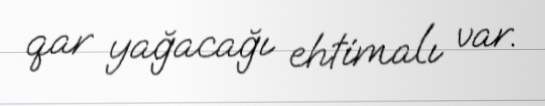
qar yağacağı ehtimalı var.